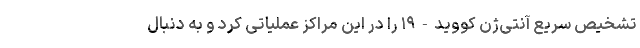
تشخیص سریع آنتی‌ژن کووید-۱۹ را در این مراکز عملیاتی کرد و به دنبال